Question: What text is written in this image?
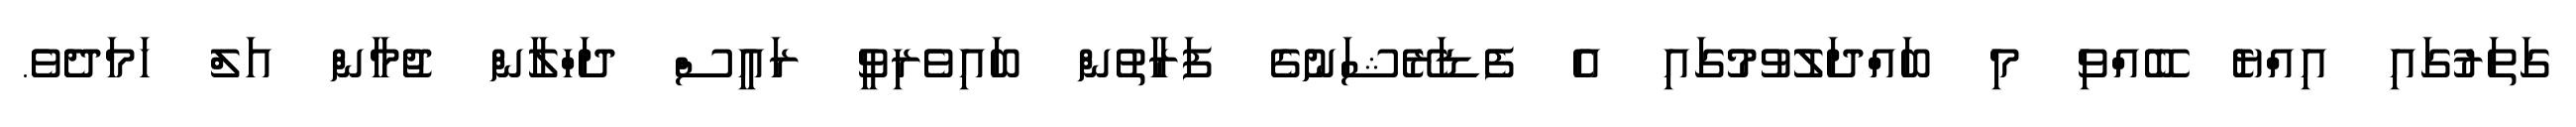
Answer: ގަތަރުގައި އިއްޔެ ބޭއްވި މި ބައްދަލުވުމުގައި އެ ފެޑަރޭޝަނުގެ ފަރާތުން ބައިވެރިވީ ރައީސް ދަހްލާން ޖުމާން އަލް ހަމަދެވެ.